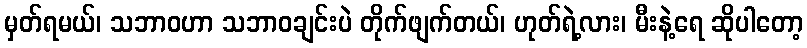
မှတ်ရမယ်၊ သဘာဝဟာ သဘာဝချင်းပဲ တိုက်ဖျက်တယ်၊ ဟုတ်ရဲ့လား၊ မီးနဲ့ရေ ဆိုပါတော့